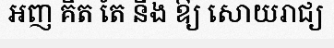
អញ គិត តែ នឹង ឱ្យ សោយរាជ្យ